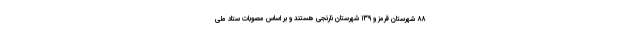
۸۸ شهرستان قرمز و ۱۳۹ شهرستان نارنجی هستند و بر اساس مصوبات ستاد ملی